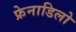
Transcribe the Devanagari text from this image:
फ्रेनाडिलो